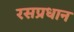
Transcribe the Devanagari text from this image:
रसप्रधान